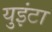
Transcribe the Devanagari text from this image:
युइंटा